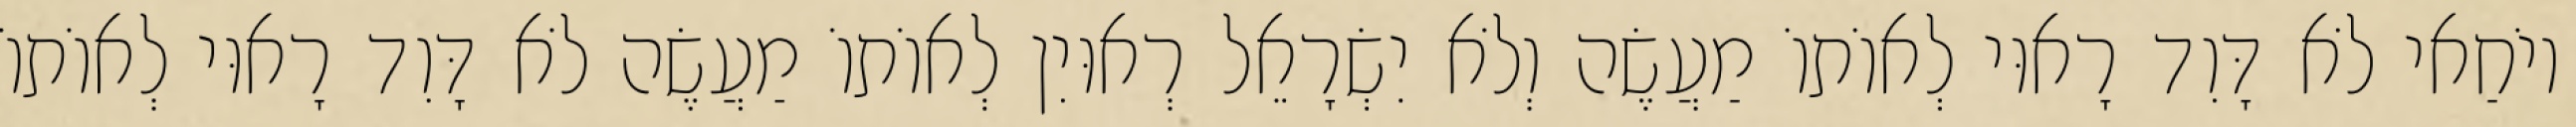
יוֹחַאי לֹא דָּוִד רָאוּי לְאוֹתוֹ מַעֲשֶׂה וְלֹא יִשְׂרָאֵל רְאוּיִן לְאוֹתוֹ מַעֲשֶׂה לֹא דָּוִד רָאוּי לְאוֹתוֹ